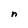
Character: n